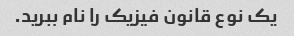
یک نوع قانون فیزیک را نام ببرید.